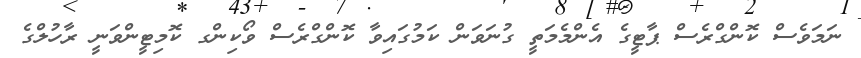
ނަމަވެސް ކޮންގްރެސް ޕާޓީގެ އެންމެމަތީ ގުނަވަން ކަމުގައިވާ ކޮންގްރެސް ވޯކިންގ ކޮމިޓީންވަނީ ރާހުލްގެ